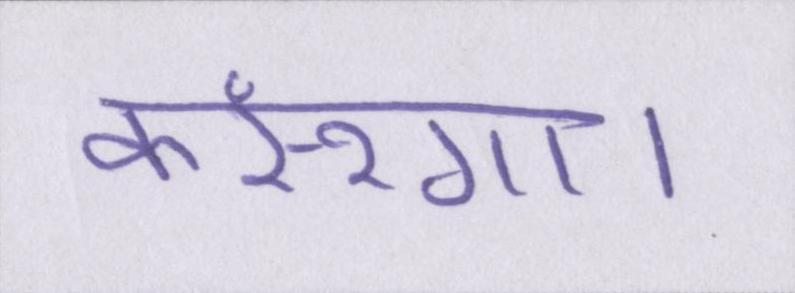
करूंगा